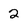
Character: 2